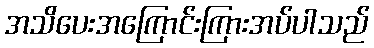
အသိပေးအကြောင်းကြားအပ်ပါသည်